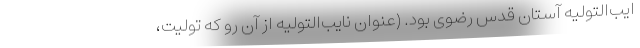
ایب‌التولیه آستان قدس رضوی بود. (عنوان نایب‌التولیه از آن رو که تولیت،